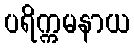
ပရိက္ကမနာယ